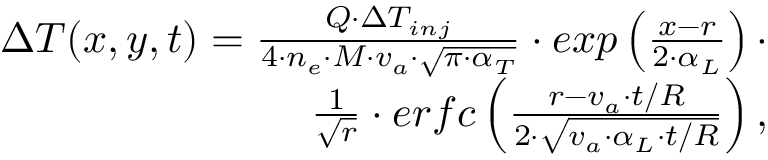
\begin{array} { r } { \Delta T ( x , y , t ) = \frac { Q \cdot \Delta T _ { i n j } } { 4 \cdot n _ { e } \cdot M \cdot v _ { a } \cdot \sqrt { \pi \cdot \alpha _ { T } } } \cdot e x p \left( \frac { x - r } { 2 \cdot \alpha _ { L } } \right) \cdot } \\ { \frac { 1 } { \sqrt { r } } \cdot e r f c \left( \frac { r - v _ { a } \cdot t / R } { 2 \cdot \sqrt { v _ { a } \cdot \alpha _ { L } \cdot t / R } } \right) , } \end{array}